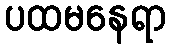
ပထမနေရာ